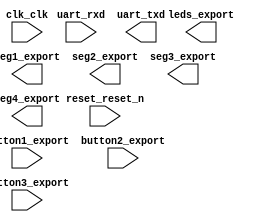

module taller (
	button1_export,
	button2_export,
	button3_export,
	clk_clk,
	leds_export,
	reset_reset_n,
	seg1_export,
	seg2_export,
	seg3_export,
	seg4_export,
	uart_rxd,
	uart_txd);	

	input		button1_export;
	input		button2_export;
	input		button3_export;
	input		clk_clk;
	output	[7:0]	leds_export;
	input		reset_reset_n;
	output	[6:0]	seg1_export;
	output	[6:0]	seg2_export;
	output	[6:0]	seg3_export;
	output	[6:0]	seg4_export;
	input		uart_rxd;
	output		uart_txd;
endmodule